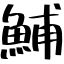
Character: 鯆